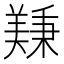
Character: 𫅚